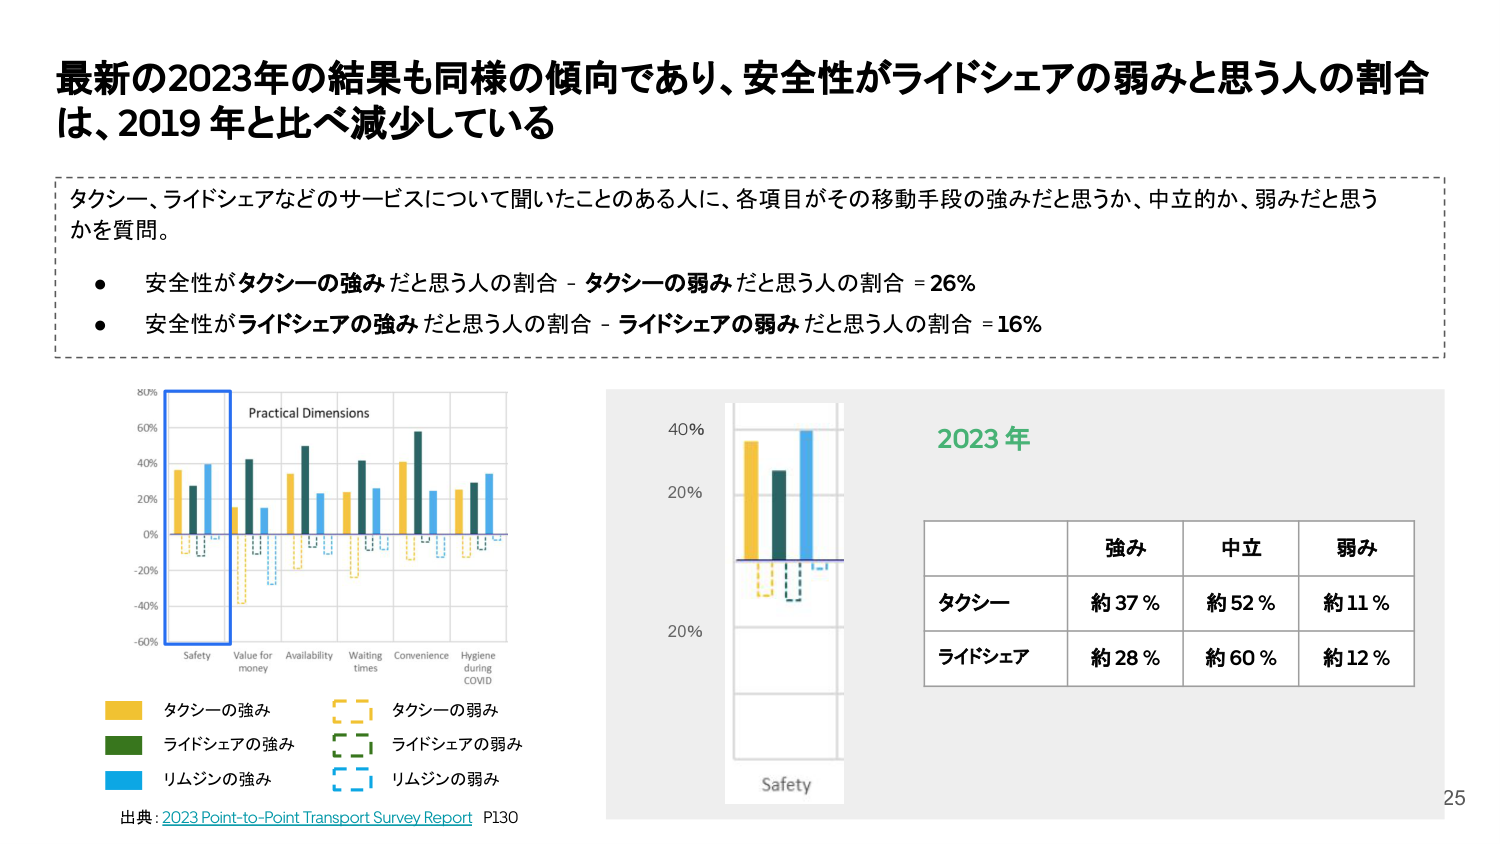
最新の2023年の結果も同様の傾向であり、安全性がライドシェアの弱みと思う人の割合は、2019年と比べ減少している

タクシー、ライドシェアなどのサービスについて聞いたことのある人に、各項目がその移動手段の強みだと思うか、中立的か、弱みだと思うかを質問。

・安全性がタクシーの強みだと思う人の割合 - タクシーの弱みだと思う人の割合 = 26%
・安全性がライドシェアの強みだと思う人の割合 - ライドシェアの弱みだと思う人の割合 = 16%

Practical Dimensions
80%
60%
40%
20%
0%
-20%
-40%
-60%
Safety
Value for money
Availability
Waiting times
Convenience
Hygiene during COVID

タクシーの強み
ライドシェアの強み
リムジンの強み
タクシーの弱み
ライドシェアの弱み
リムジンの弱み

出典：2023 Point-to-Point Transport Survey Report P130

40%
20%
20%
Safety

2023年

強み 中立 弱み
タクシー 約37% 約52% 約11%
ライドシェア 約28% 約60% 約12%

25